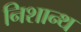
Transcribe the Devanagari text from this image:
निशान्थ